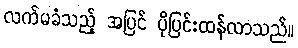
လက်မခံသည့် အပြင် ပိုပြင်းထန်လာသည်။